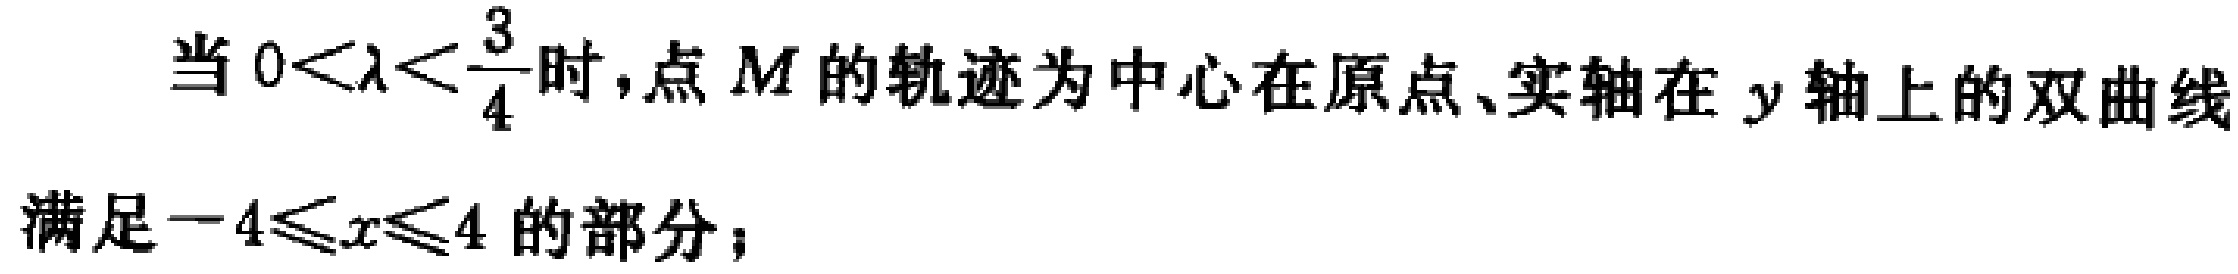
当 \(0<\lambda<\frac{3}{4}\) 时，点 \(M\) 的轨迹为中心在原点、实轴在 \(y\) 轴上的双曲线
满足 \(-4\leqslant x\leqslant 4\) 的部分；